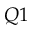
Q 1